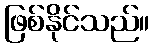
ဖြစ်နိုင်သည်။